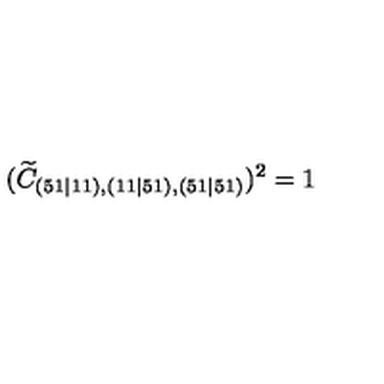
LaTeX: ( \widetilde { C } _ { ( 5 1 \mid 1 1 ) , ( 1 1 \mid 5 1 ) , ( 5 1 \mid 5 1 ) } ) ^ { 2 } = 1